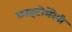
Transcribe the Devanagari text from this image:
फ़ाइटोथेरेपी